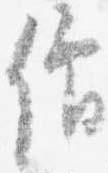
僧